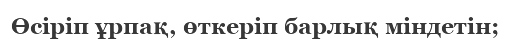
Өсіріп ұрпақ, өткеріп барлық міндетін;